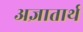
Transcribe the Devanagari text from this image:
अज्ञातार्थ